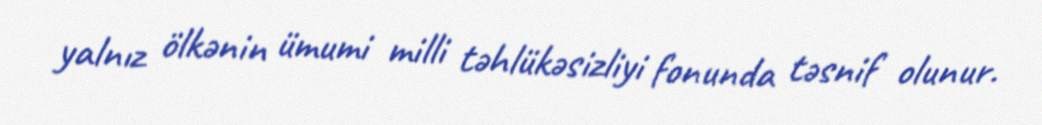
yalnız ölkənin ümumi milli təhlükəsizliyi fonunda təsnif olunur.